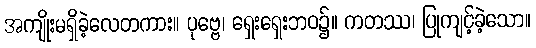
အကျိုးမရှိခဲ့လေတကား။ ပုဗ္ဗေ၊ ရှေးရှေးဘဝ၌။ ကတဿ၊ ပြုကျင့်ခဲ့သော။